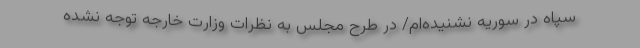
سپاه در سوریه نشنیده‌ام/ در طرح مجلس به نظرات وزارت خارجه توجه نشده